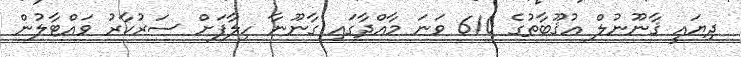
ދިޔައީ ޤާނޫނުލް އުޤޫބާތުގެ 610 ވަނަ މާއްދާގައި ގާނޫނާ ހިލާފަށް ސަރުކާރު ވައްޓާލުން